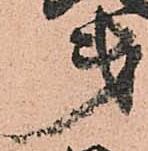
第